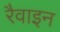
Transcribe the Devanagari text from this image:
रैवाइन